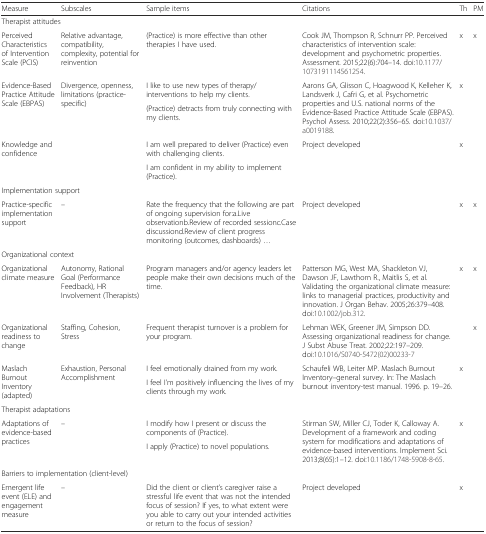
<table><thead><tr><td><b>Measure</b></td><td><b>Subscales</b></td><td><b>Sample items</b></td><td><b>Citations</b></td><td><b>Th</b></td><td><b>PM</b></td></tr></thead><tbody><tr><td colspan="4">Therapist attitudes</td><td></td><td></td></tr><tr><td>Perceived Characteristics of Intervention Scale (PCIS)</td><td>Relative advantage, compatibility, complexity, potential for reinvention</td><td>(Practice) is more effective than other therapies I have used.</td><td>Cook JM, Thompson R, Schnurr PP. Perceived characteristics of intervention scale: development and psychometric properties. Assessment. 2015;22(6):704–14. doi:10.1177/1073191114561254.</td><td>x</td><td>x</td></tr><tr><td rowspan="2">Evidence-Based Practice Attitude Scale (EBPAS)</td><td rowspan="2">Divergence, openness, limitations (practice-specific)</td><td>I like to use new types of therapy/interventions to help my clients.</td><td rowspan="2">Aarons GA, Glisson C, Hoagwood K, Kelleher K, Landsverk J, Cafri G, et al. Psychometric properties and U.S. national norms of the Evidence-Based Practice Attitude Scale (EBPAS). Psychol Assess. 2010;22(2):356–65<i>.</i> doi:10.1037/a0019188.</td><td rowspan="2">x</td><td rowspan="2"></td></tr><tr><td>(Practice) detracts from truly connecting with my clients.</td></tr><tr><td rowspan="2">Knowledge and confidence</td><td rowspan="2"></td><td>I am well prepared to deliver (Practice) even with challenging clients.</td><td rowspan="2">Project developed</td><td rowspan="2">x</td><td rowspan="2"></td></tr><tr><td>I am confident in my ability to implement (Practice).</td></tr><tr><td colspan="4">Implementation support</td><td></td><td></td></tr><tr><td>Practice-specific implementation support</td><td>–</td><td>Rate the frequency that the following are part of ongoing supervision for:a.Live observationb.Review of recorded sessionc.Case discussiond.Review of client progress monitoring (outcomes, dashboards) ...</td><td>Project developed</td><td>x</td><td>x</td></tr><tr><td colspan="4">Organizational context</td><td></td><td></td></tr><tr><td>Organizational climate measure</td><td>Autonomy, Rational Goal (Performance Feedback), HR Involvement (Therapists)</td><td>Program managers and/or agency leaders let people make their own decisions much of the time.</td><td>Patterson MG, West MA, Shackleton VJ, Dawson JF, Lawthom R., Maitlis S, et al. Validating the organizational climate measure: links to managerial practices, productivity and innovation. J Organ Behav. 2005;26:379–408. doi:10.1002/job.312.</td><td>x</td><td>x</td></tr><tr><td>Organizational readiness to change</td><td>Staffing, Cohesion, Stress</td><td>Frequent therapist turnover is a problem for your program.</td><td>Lehman WEK, Greener JM, Simpson DD. Assessing organizational readiness for change. J Subst Abuse Treat. 2002;22:197–209. doi:10.1016/S0740-5472(02)00233-7</td><td></td><td>x</td></tr><tr><td rowspan="2">Maslach Burnout Inventory (adapted)</td><td rowspan="2">Exhaustion, Personal Accomplishment</td><td>I feel emotionally drained from my work.</td><td rowspan="2">Schaufeli WB, Leiter MP. Maslach Burnout Inventory–general survey. In: The Maslach burnout inventory-test manual. 1996. p. 19–26.</td><td rowspan="2">x</td><td rowspan="2"></td></tr><tr><td>I feel I’m positively influencing the lives of my clients through my work.</td></tr><tr><td colspan="4">Therapist adaptations</td><td></td><td></td></tr><tr><td rowspan="2">Adaptations of evidence-based practices</td><td rowspan="2">–</td><td>I modify how I present or discuss the components of (Practice).</td><td rowspan="2">Stirman SW, Miller CJ, Toder K, Calloway A. Development of a framework and coding system for modifications and adaptations of evidence-based interventions. Implement Sci. 2013;8(65):1–12. doi:10.1186/1748-5908-8-65.</td><td rowspan="2">x</td><td rowspan="2"></td></tr><tr><td>I apply (Practice) to novel populations.</td></tr><tr><td colspan="4">Barriers to implementation (client-level)</td><td></td><td></td></tr><tr><td>Emergent life event (ELE) and engagement measure</td><td>–</td><td>Did the client or client’s caregiver raise a stressful life event that was not the intended focus of session? If yes, to what extent were you able to carry out your intended activities or return to the focus of session?</td><td>Project developed</td><td>x</td><td></td></tr></tbody></table>